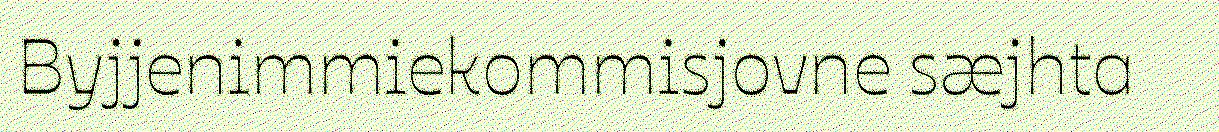
Byjjenimmiekommisjovne sæjhta